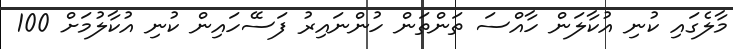
މާލެގައި ކުނި އުކާލަން ހާއްސަ ތަންތަން ހުންނައިރު ފަސޭހައިން ކުނި އުކާލުމަށް 100